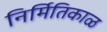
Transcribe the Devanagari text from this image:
निर्मितिकाळ